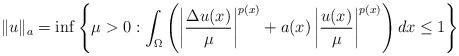
LaTeX: \begin{align*}\|u\|_a=\inf \left\{\mu>0:\int_{\Omega}\left(\left|\frac{\Delta u(x)}{\mu}\right|^{p(x)}+a(x)\left|\frac{u(x)}{\mu}\right|^{p(x)}\right)dx\leq 1\right\}\end{align*}